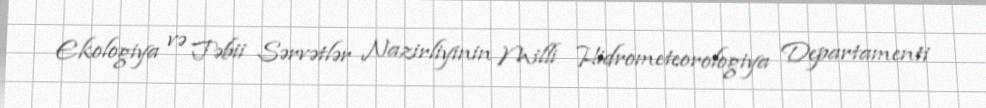
Ekologiya və Təbii Sərvətlər Nazirliyinin Milli Hidrometeorologiya Departamenti